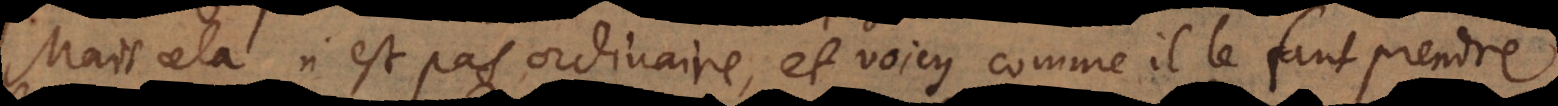
Mais cela n’est pas ordinaire, et voicy comme il le faut